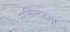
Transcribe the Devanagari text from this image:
सब्स्टिट्युट